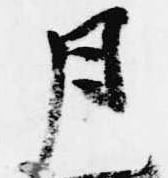
月